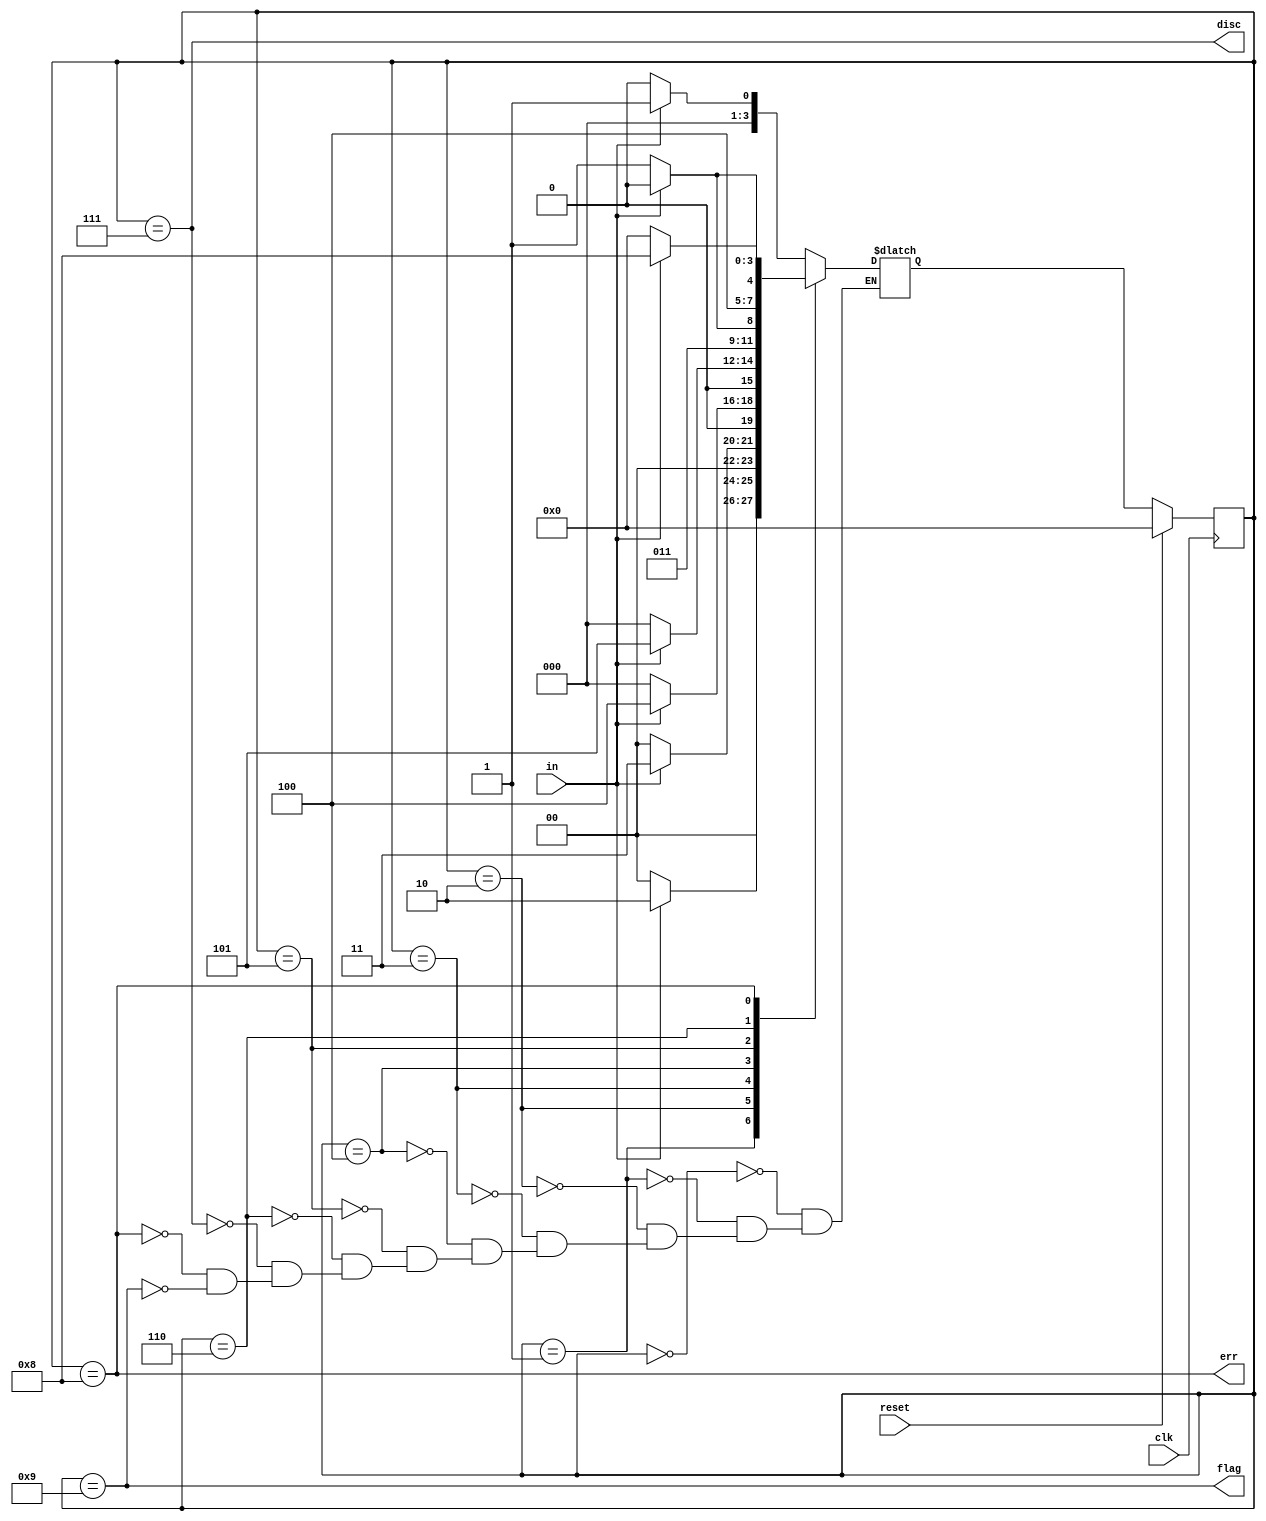
module top_module(
    input clk,
    input reset,    // Synchronous reset
    input in,
    output disc,
    output flag,
    output err);
    parameter A=0,B=1,C=2,D=3,E=4,F=5,G=6,H=7,I=8,J=9;
    reg [3:0]state,next_state;
    always @(*) begin
        case(state)
            A:next_state<=in?B:A;
            B:next_state<=in?C:A;
            C:next_state<=in?D:A;
            D:next_state<=in?E:A;
            E:next_state<=in?F:A;
            F:next_state<=in?G:H;
            G:next_state<=in?I:J;
            H:next_state<=in?B:A;
            I:next_state<=in?I:A;
            J:next_state<=in?B:A;
        endcase
    end
    always @(posedge clk) begin
        if(reset) state<=A;
        else state<=next_state;
    end
    assign disc=(state==H);
    assign flag=(state==J);
    assign err=(state==I);
endmodule